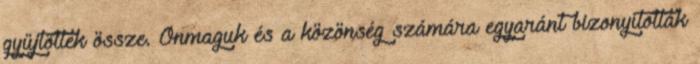
gyűjtöttek össze. Önmaguk és a közönség számára egyaránt bizonyították